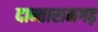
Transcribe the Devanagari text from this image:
दान्तारामगढ़